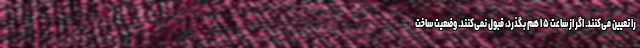
را تعیین می‌کنند. اگر از ساعت ۱۵ هم بگذرد، قبول نمی‌کنند. وضعیت ساخت